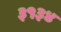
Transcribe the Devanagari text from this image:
३१३४